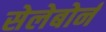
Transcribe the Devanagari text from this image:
सेलेबोर्न